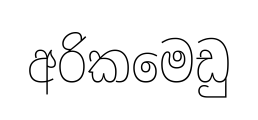
අරිකමෙඩු